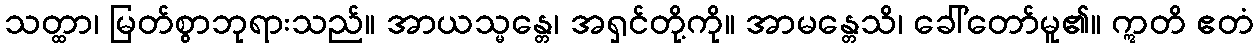
သတ္ထာ၊ မြတ်စွာဘုရားသည်။ အာယသ္မန္တေ၊ အရှင်တို့ကို။ အာမန္တေသိ၊ ခေါ်တော်မူ၏။ ဣတိ ဧတံ